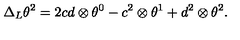
\Delta _ { L } \theta ^ { 2 } = 2 c d \otimes \theta ^ { 0 } - c ^ { 2 } \otimes \theta ^ { 1 } + d ^ { 2 } \otimes \theta ^ { 2 } .